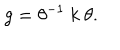
g = \theta ^ { - 1 } ~ k ~ \theta .